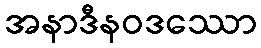
အနာဒီနဝဒဿော